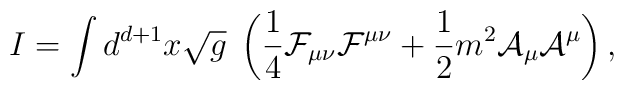
I = \int d^{d+1}x \sqrt g\;\left( {1\over 4}{\cal F}_{\mu\nu}{\cal F}^{\mu\nu}   + {1\over 2} m^2 {\cal A}_\mu {\cal A}^\mu \right),